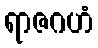
ရာဇဂဟံ